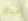
الإبتزاز